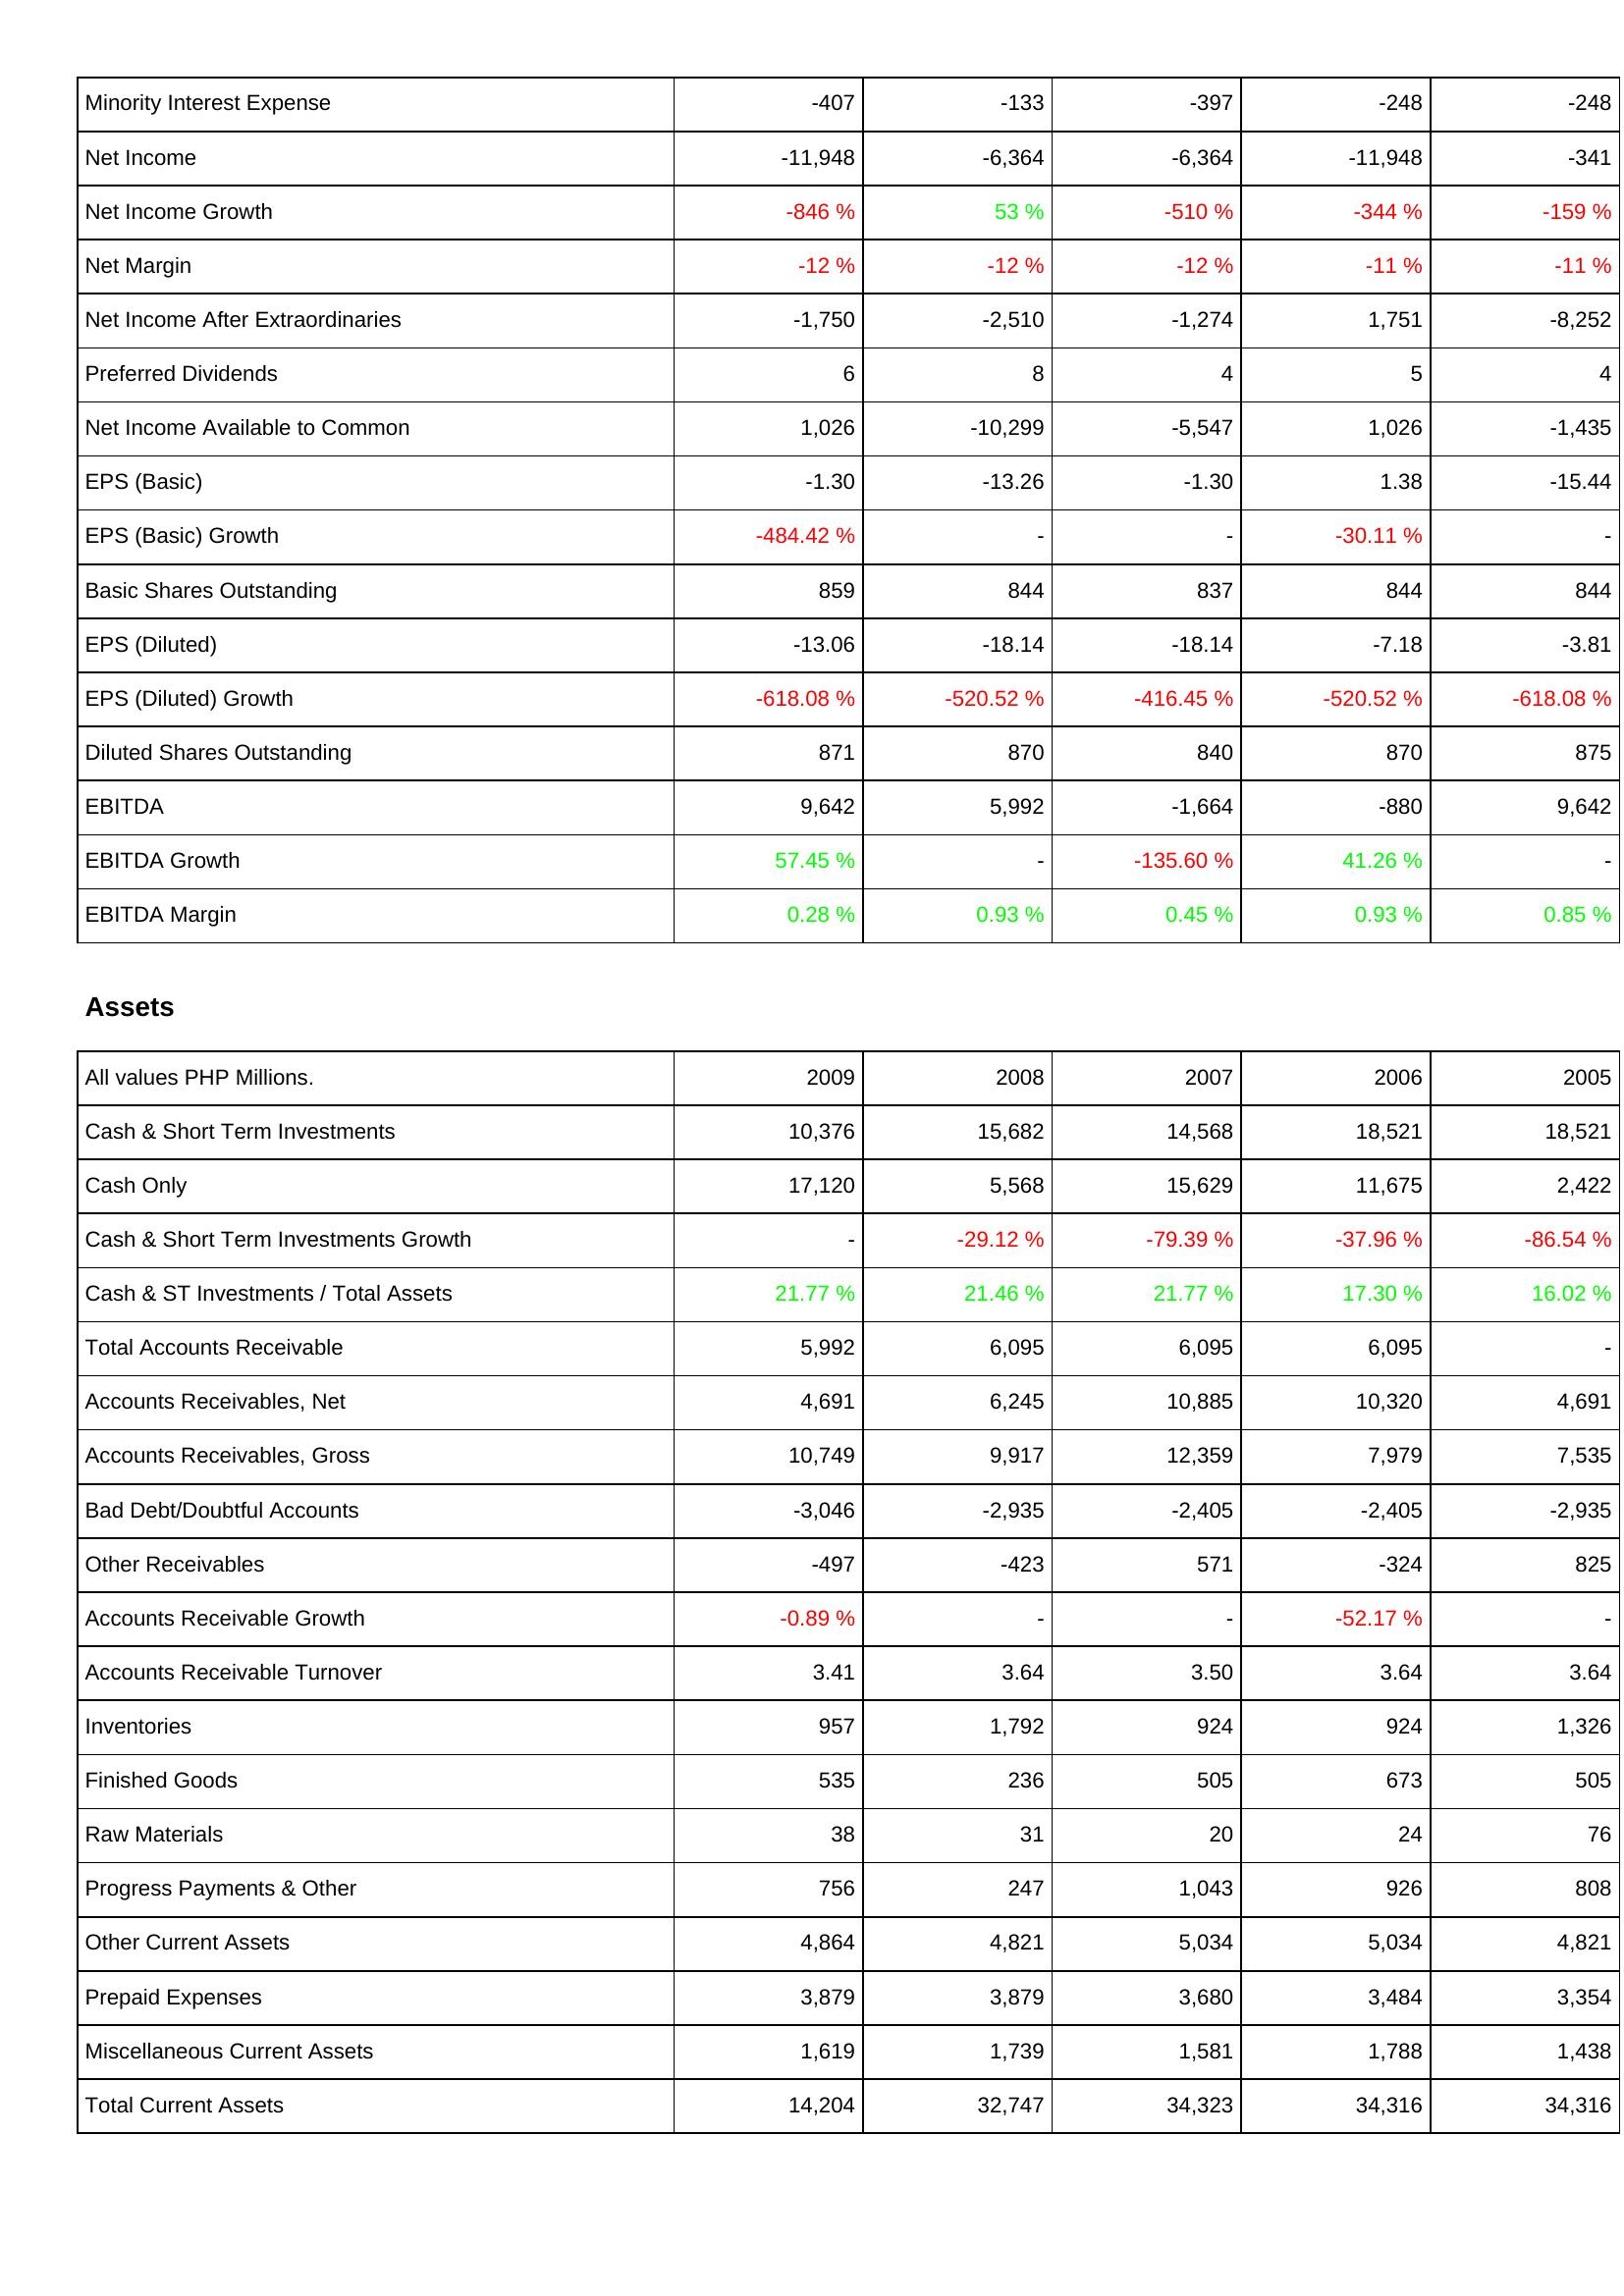
2009: Income Statement: Minority Interest Expense: -407
Net Income: -11,948
Net Income Growth: -846 %
Net Margin: -12 %
Net Income After Extraordinaries: -1,750
Preferred Dividends: 6
Net Income Available to Common: 1,026
EPS (Basic): -1.30
EPS (Basic) Growth: -484.42 %
Basic Shares Outstanding: 859
EPS (Diluted): -13.06
EPS (Diluted) Growth: -618.08 %
Diluted Shares Outstanding: 871
EBITDA: 9,642
EBITDA Growth: 57.45 %
EBITDA Margin: 0.28 %
Assets: Cash & Short Term Investments: 10,376
Cash Only: 17,120
Cash & Short Term Investments Growth: -
Cash & ST Investments / Total Assets: 21.77 %
Total Accounts Receivable: 5,992
Accounts Receivables, Net: 4,691
Accounts Receivables, Gross: 10,749
Bad Debt/Doubtful Accounts: -3,046
Other Receivables: -497
Accounts Receivable Growth: -0.89 %
Accounts Receivable Turnover: 3.41
Inventories: 957
Finished Goods: 535
Raw Materials: 38
Progress Payments & Other: 756
Other Current Assets: 4,864
Prepaid Expenses: 3,879
Miscellaneous Current Assets: 1,619
Total Current Assets: 14,204
2008: Income Statement: Minority Interest Expense: -133
Net Income: -6,364
Net Income Growth: 53 %
Net Margin: -12 %
Net Income After Extraordinaries: -2,510
Preferred Dividends: 8
Net Income Available to Common: -10,299
EPS (Basic): -13.26
EPS (Basic) Growth: -
Basic Shares Outstanding: 844
EPS (Diluted): -18.14
EPS (Diluted) Growth: -520.52 %
Diluted Shares Outstanding: 870
EBITDA: 5,992
EBITDA Growth: -
EBITDA Margin: 0.93 %
Assets: Cash & Short Term Investments: 15,682
Cash Only: 5,568
Cash & Short Term Investments Growth: -29.12 %
Cash & ST Investments / Total Assets: 21.46 %
Total Accounts Receivable: 6,095
Accounts Receivables, Net: 6,245
Accounts Receivables, Gross: 9,917
Bad Debt/Doubtful Accounts: -2,935
Other Receivables: -423
Accounts Receivable Growth: -
Accounts Receivable Turnover: 3.64
Inventories: 1,792
Finished Goods: 236
Raw Materials: 31
Progress Payments & Other: 247
Other Current Assets: 4,821
Prepaid Expenses: 3,879
Miscellaneous Current Assets: 1,739
Total Current Assets: 32,747
2007: Income Statement: Minority Interest Expense: -397
Net Income: -6,364
Net Income Growth: -510 %
Net Margin: -12 %
Net Income After Extraordinaries: -1,274
Preferred Dividends: 4
Net Income Available to Common: -5,547
EPS (Basic): -1.30
EPS (Basic) Growth: -
Basic Shares Outstanding: 837
EPS (Diluted): -18.14
EPS (Diluted) Growth: -416.45 %
Diluted Shares Outstanding: 840
EBITDA: -1,664
EBITDA Growth: -135.60 %
EBITDA Margin: 0.45 %
Assets: Cash & Short Term Investments: 14,568
Cash Only: 15,629
Cash & Short Term Investments Growth: -79.39 %
Cash & ST Investments / Total Assets: 21.77 %
Total Accounts Receivable: 6,095
Accounts Receivables, Net: 10,885
Accounts Receivables, Gross: 12,359
Bad Debt/Doubtful Accounts: -2,405
Other Receivables: 571
Accounts Receivable Growth: -
Accounts Receivable Turnover: 3.50
Inventories: 924
Finished Goods: 505
Raw Materials: 20
Progress Payments & Other: 1,043
Other Current Assets: 5,034
Prepaid Expenses: 3,680
Miscellaneous Current Assets: 1,581
Total Current Assets: 34,323
2006: Income Statement: Minority Interest Expense: -248
Net Income: -11,948
Net Income Growth: -344 %
Net Margin: -11 %
Net Income After Extraordinaries: 1,751
Preferred Dividends: 5
Net Income Available to Common: 1,026
EPS (Basic): 1.38
EPS (Basic) Growth: -30.11 %
Basic Shares Outstanding: 844
EPS (Diluted): -7.18
EPS (Diluted) Growth: -520.52 %
Diluted Shares Outstanding: 870
EBITDA: -880
EBITDA Growth: 41.26 %
EBITDA Margin: 0.93 %
Assets: Cash & Short Term Investments: 18,521
Cash Only: 11,675
Cash & Short Term Investments Growth: -37.96 %
Cash & ST Investments / Total Assets: 17.30 %
Total Accounts Receivable: 6,095
Accounts Receivables, Net: 10,320
Accounts Receivables, Gross: 7,979
Bad Debt/Doubtful Accounts: -2,405
Other Receivables: -324
Accounts Receivable Growth: -52.17 %
Accounts Receivable Turnover: 3.64
Inventories: 924
Finished Goods: 673
Raw Materials: 24
Progress Payments & Other: 926
Other Current Assets: 5,034
Prepaid Expenses: 3,484
Miscellaneous Current Assets: 1,788
Total Current Assets: 34,316
2005: Income Statement: Minority Interest Expense: -248
Net Income: -341
Net Income Growth: -159 %
Net Margin: -11 %
Net Income After Extraordinaries: -8,252
Preferred Dividends: 4
Net Income Available to Common: -1,435
EPS (Basic): -15.44
EPS (Basic) Growth: -
Basic Shares Outstanding: 844
EPS (Diluted): -3.81
EPS (Diluted) Growth: -618.08 %
Diluted Shares Outstanding: 875
EBITDA: 9,642
EBITDA Growth: -
EBITDA Margin: 0.85 %
Assets: Cash & Short Term Investments: 18,521
Cash Only: 2,422
Cash & Short Term Investments Growth: -86.54 %
Cash & ST Investments / Total Assets: 16.02 %
Total Accounts Receivable: -
Accounts Receivables, Net: 4,691
Accounts Receivables, Gross: 7,535
Bad Debt/Doubtful Accounts: -2,935
Other Receivables: 825
Accounts Receivable Growth: -
Accounts Receivable Turnover: 3.64
Inventories: 1,326
Finished Goods: 505
Raw Materials: 76
Progress Payments & Other: 808
Other Current Assets: 4,821
Prepaid Expenses: 3,354
Miscellaneous Current Assets: 1,438
Total Current Assets: 34,316